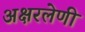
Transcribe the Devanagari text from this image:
अक्षरलेणी